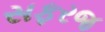
સફરજ